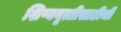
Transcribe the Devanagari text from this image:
शिष्यवृत्तीसाठीची